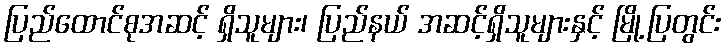
ပြည်ထောင်စုအဆင့် ရှိသူများ၊ ပြည်နယ် အဆင့်ရှိသူများနှင့် မြို့ပြတွင်း